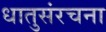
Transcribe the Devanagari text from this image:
धातुसंरचना